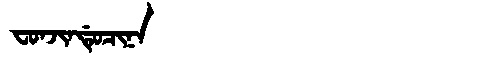
Manchu: ᠸᠣᠨᠵᡳᠨᡩᡠᠴᡳᠨᠠ
Romanization: FONJINDUCINA